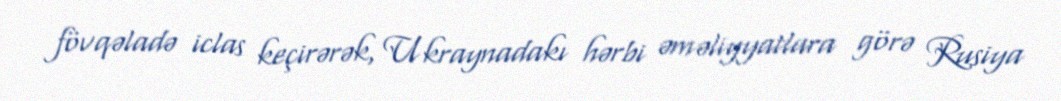
fövqəladə iclas keçirərək, Ukraynadakı hərbi əməliyyatlara görə Rusiya